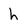
Character: h